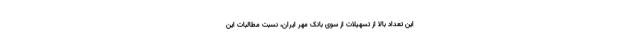
این تعداد بالا از تسهیلات از سوی بانک مهر ایران، نسبت مطالبات این